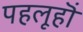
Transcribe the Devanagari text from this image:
पहलूहॊं